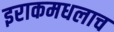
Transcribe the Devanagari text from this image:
इराकमधलाच